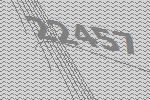
22457